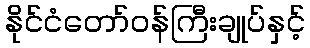
နိုင်ငံတော်ဝန်ကြီးချုပ်နှင့်